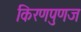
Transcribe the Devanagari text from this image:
किरणपुणज